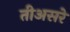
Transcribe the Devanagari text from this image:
तीअसरे